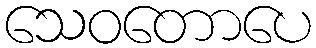
သေဝတောပေ